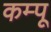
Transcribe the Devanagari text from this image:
कम्पू